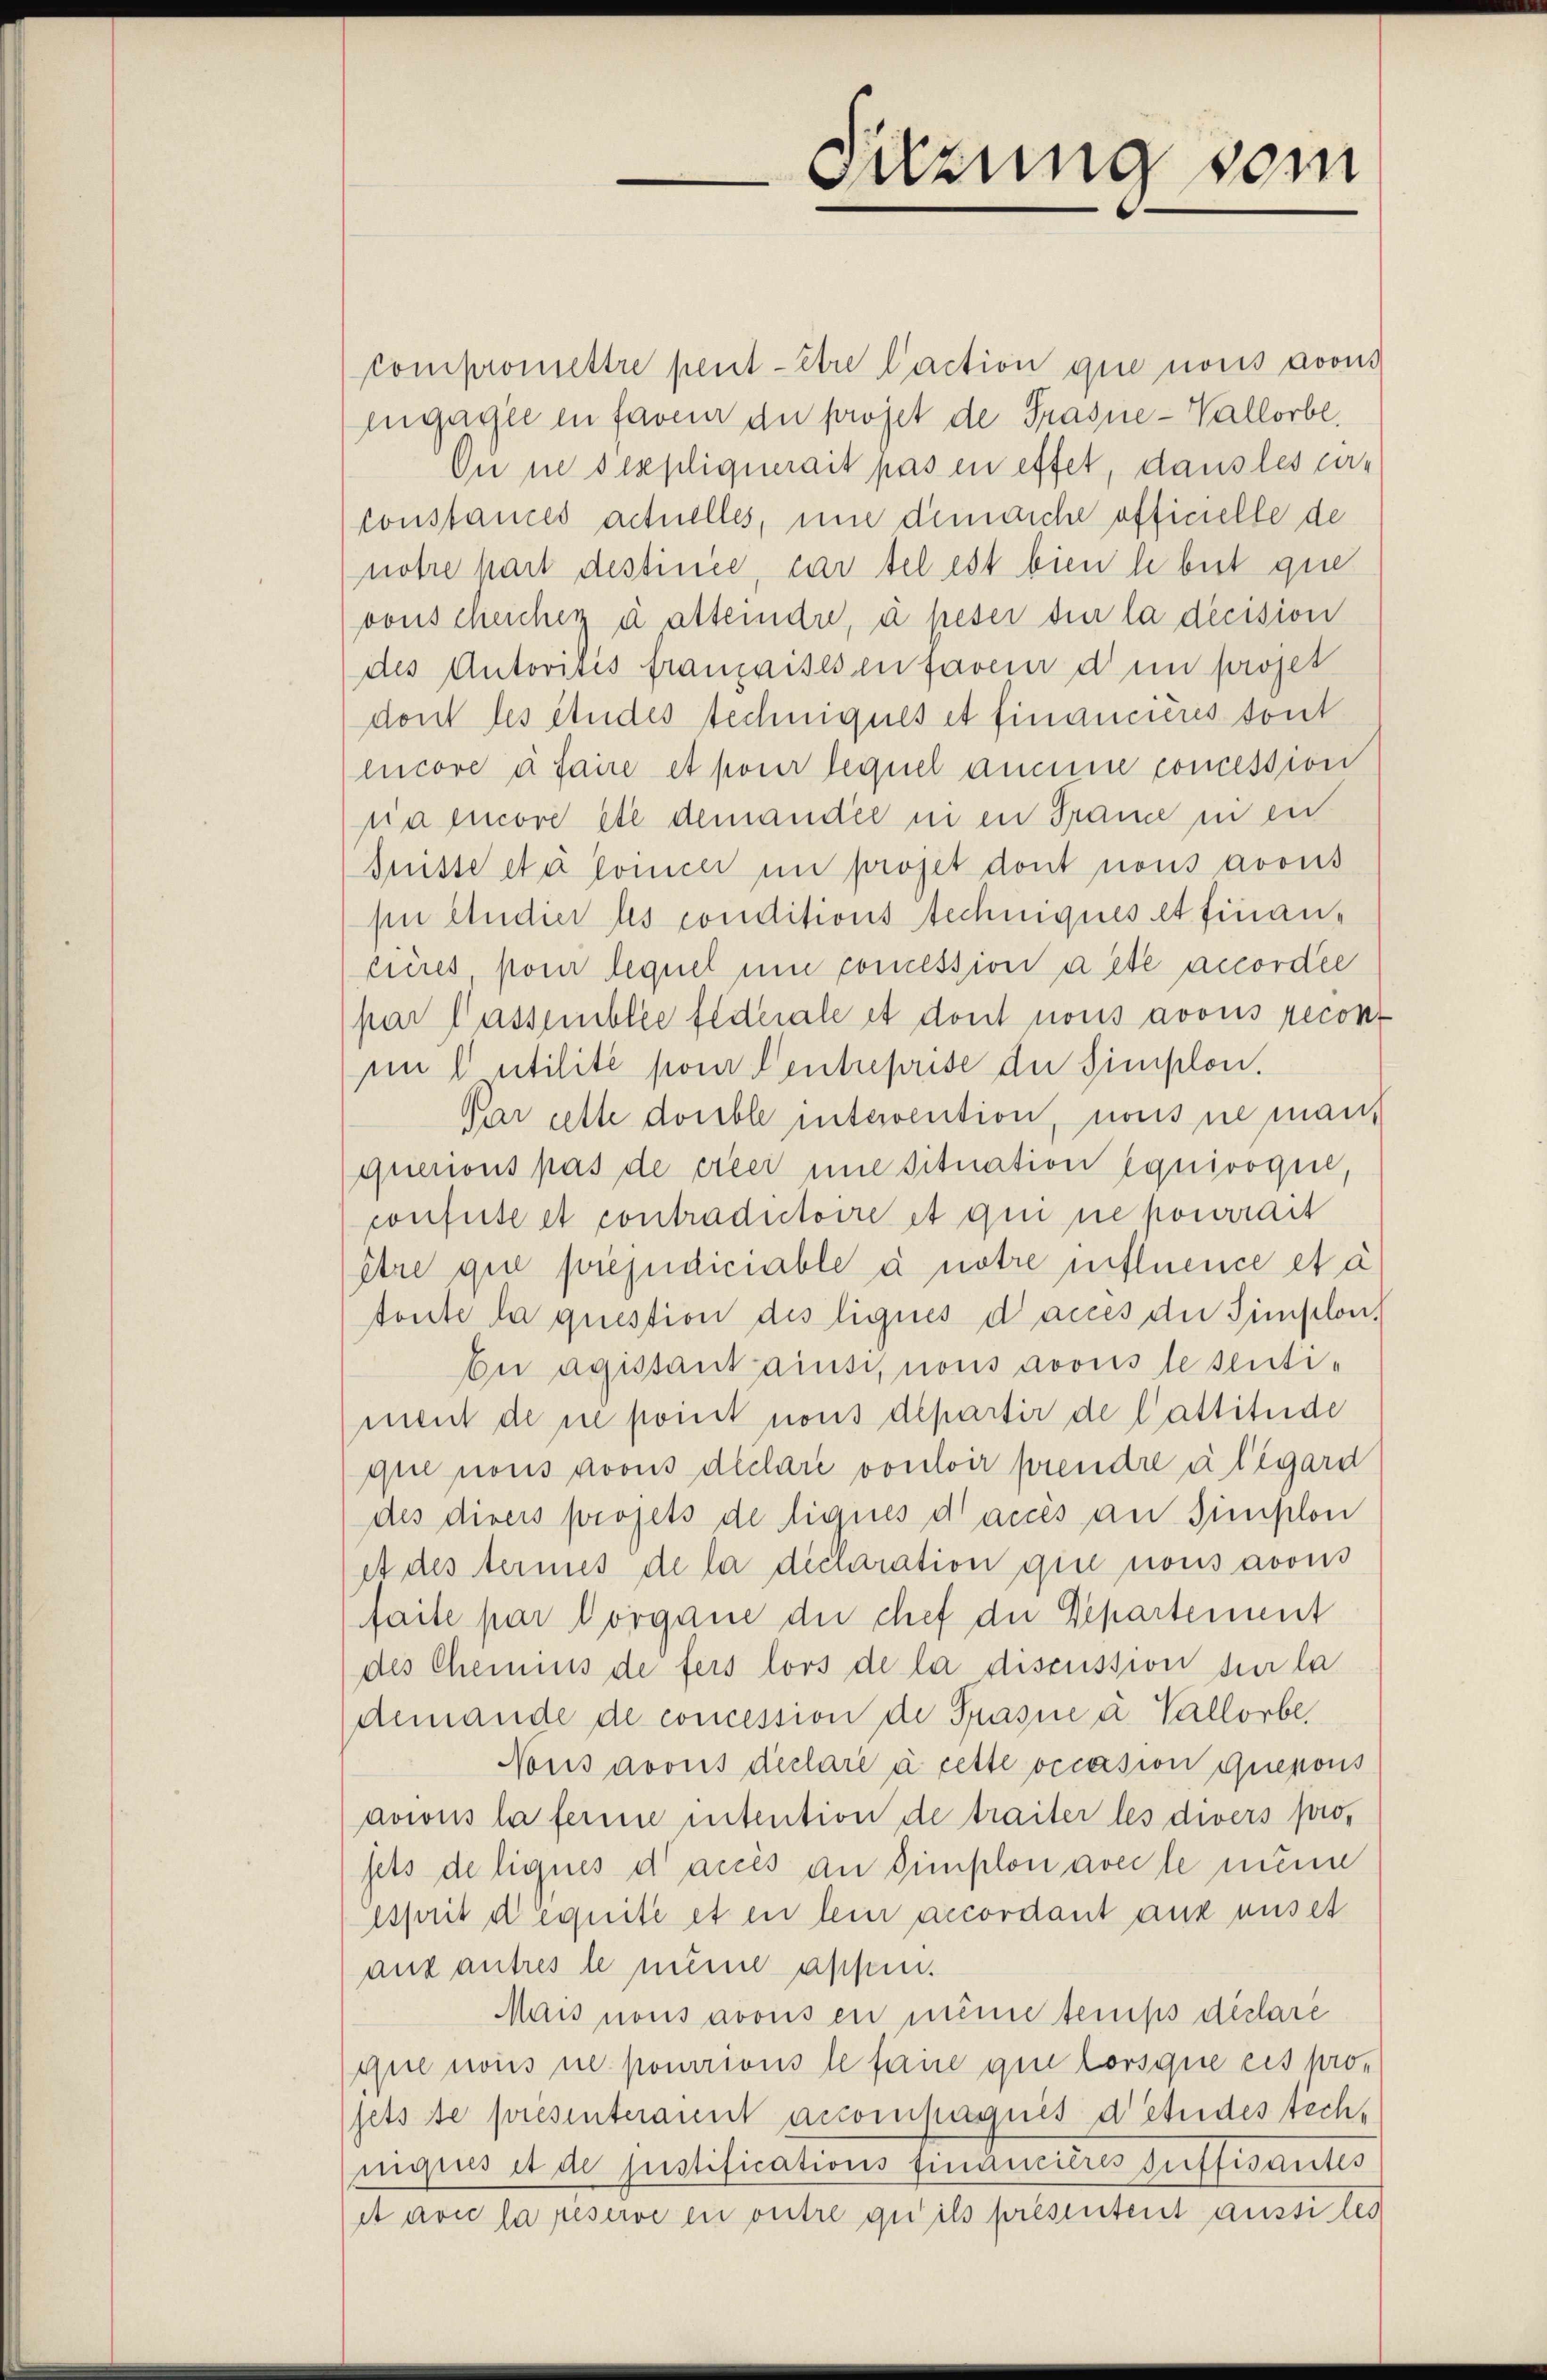
Compromettre peut être l’action que nous avous
Engagie in faveu du projet de Prasne-Vallorbe
On ne sexpliquerait pas in effet, dans les er¬
Constances actuelles, und demarche officielle de
notre hart destinée, cas tel est bien habuit que
vonscheicher d atteindre, à peser die la decision
des Autorises franzaises en faveur den projet
dont les études techniques et financières sont
encore à faire et pour lequel aneine concession
nia encore etc demandée in en Fraue in ein
fnisse etc domicer in projet dont nous avous
si etudier les conditions techniques et financieres, pour lequel um comession a été accordée
par lassemblée federale et dont nous avous recont
mi utilité pour Centreprise der Simplon.
Par cette double intervention, nous nie man,
quenius pas de créer une situation équivoque,
confuse et contradictoire et qui ne pourrait
être que préjudiciable à notre influence et à
tonte la question des liques dances die Simplon¬
En agistant ainsi, nous avous lesenti-
ment de ne point nous departir de Cattitude
que nous poons declare vouloir prendre à l’égard
des divers projets de liqués d’accès an Simplon
it des termes de la déclaration qui nous avous
faite par Vorgane die chef die Departement
des Chemnis de fers lors de la discussion sur la
demande de concession de Prasie u. Vallorbe
Nons avous declaré à cette occasion quepous
avius la ferne intention de traiter les divers prosets de liqués d’accés an Simplon avec le mine
Esprit dequite et in lein accordant aux anset
auf antres le meine appen.
Mais nous avous en meine temps déclare
que nous ne pourrions le fane qui lorsque ces pro-
jets se présenterament accompagnis d’études techiques et de sistifications financieres suffisantes
et avec la reserve in outre qu’ils présentent aussistes

Sitzung vom